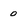
Character: 0